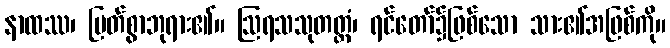
နာထဿ၊ မြတ်စွာဘုရား၏။ ဩရသသုတတ္တံ၊ ရင်တော်၌ဖြစ်သော သား၏အဖြစ်ကို။